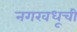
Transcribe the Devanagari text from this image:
नगरवधूची